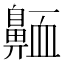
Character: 𪖩